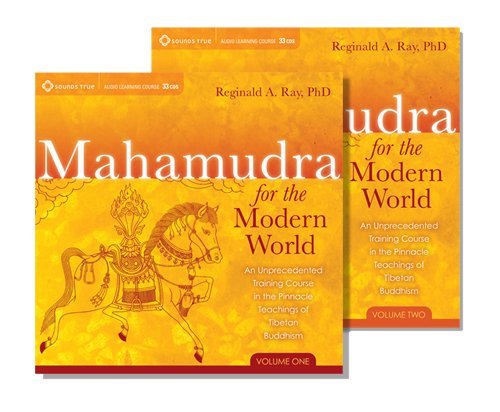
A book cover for Mahamudra for the Modern World: An Unprecedented Training Course in the Pinnacle Teachings of Tibetan Buddhism; Reginald Ray; Religion & Spirituality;